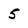
Character: 5